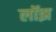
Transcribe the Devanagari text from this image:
लॉझ